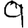
Digit: 9